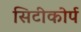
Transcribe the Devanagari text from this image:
सिटीकोर्प